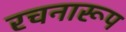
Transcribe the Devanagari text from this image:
रचनारूप